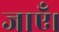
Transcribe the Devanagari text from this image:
जाऍं।